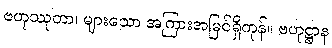
ဗဟုဿုတာ၊ များသော အကြားအမြင်ရှိကုန်။ ဗဟုဋ္ဌာန